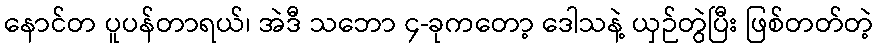
နောင်တ ပူပန်တာရယ်၊ အဲဒီ သဘော ၄-ခုကတော့ ဒေါသနဲ့ ယှဉ်တွဲပြီး ဖြစ်တတ်တဲ့